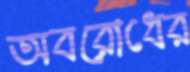
অবরোধের